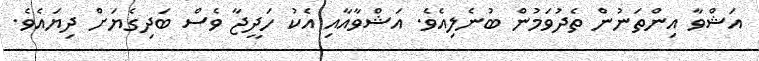
އަޝްވާ އިންތަނުން ތެދުވަމުން ބުނެލިއެވެ. އަޝްވާއާއި އެކު ހަދީޖާ ވެސް ބަދިގެޔަށް ދިޔައެވެ.